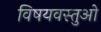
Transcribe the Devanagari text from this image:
विषयवस्तुओ